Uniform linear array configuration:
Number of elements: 8
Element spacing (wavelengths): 0.75
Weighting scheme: hamming
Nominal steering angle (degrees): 15
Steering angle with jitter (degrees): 16.599
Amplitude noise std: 0.05
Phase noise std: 0.05

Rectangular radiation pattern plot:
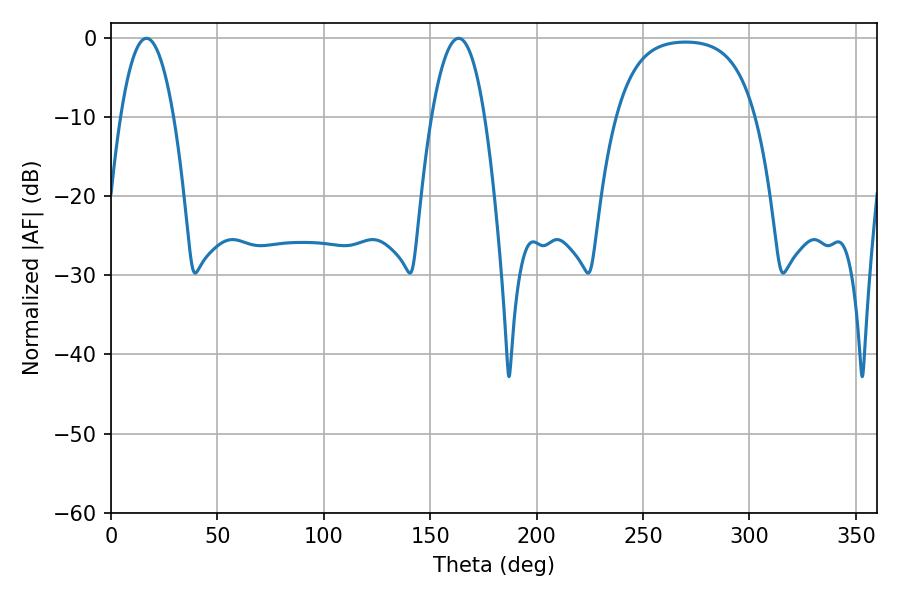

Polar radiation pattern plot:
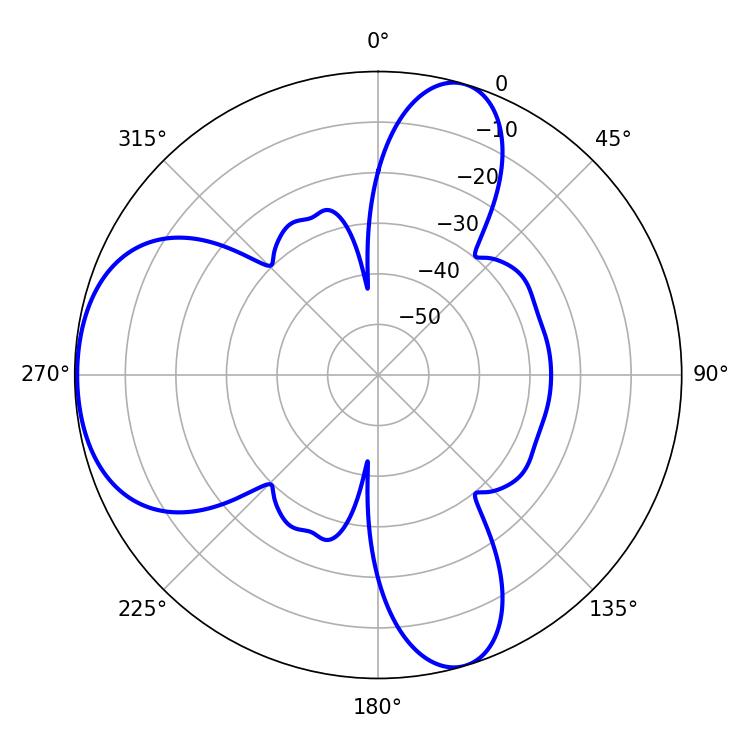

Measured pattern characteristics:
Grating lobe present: TRUE
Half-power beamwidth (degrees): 13.68
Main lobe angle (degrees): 163.26